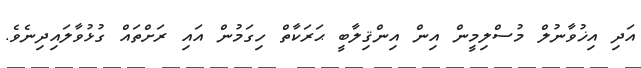
އަދި އިޚުވާނުލް މުސްލިމީން އިން އިންޤިލާބީ ޙަރަކާތް ހިގަމުން އައި ރަށްތައް ގުޅުވާލައިދިނެވެ.